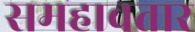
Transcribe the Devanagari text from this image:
समहावतार